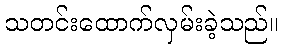
သတင်းထောက်လှမ်းခဲ့သည်။